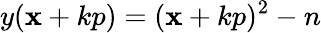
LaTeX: y(\mathbf{x}+kp)=(\mathbf{x}+kp)^{2}-n